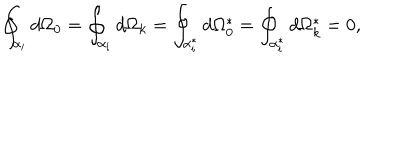
\oint _ { \alpha _ { i } } d \Omega _ { 0 } = \oint _ { \alpha _ { i } } d \Omega _ { k } = \oint _ { \alpha _ { i } ^ { * } } d \Omega _ { 0 } ^ { * } = \oint _ { \alpha _ { i } ^ { * } } d \Omega _ { k } ^ { * } = 0 ,